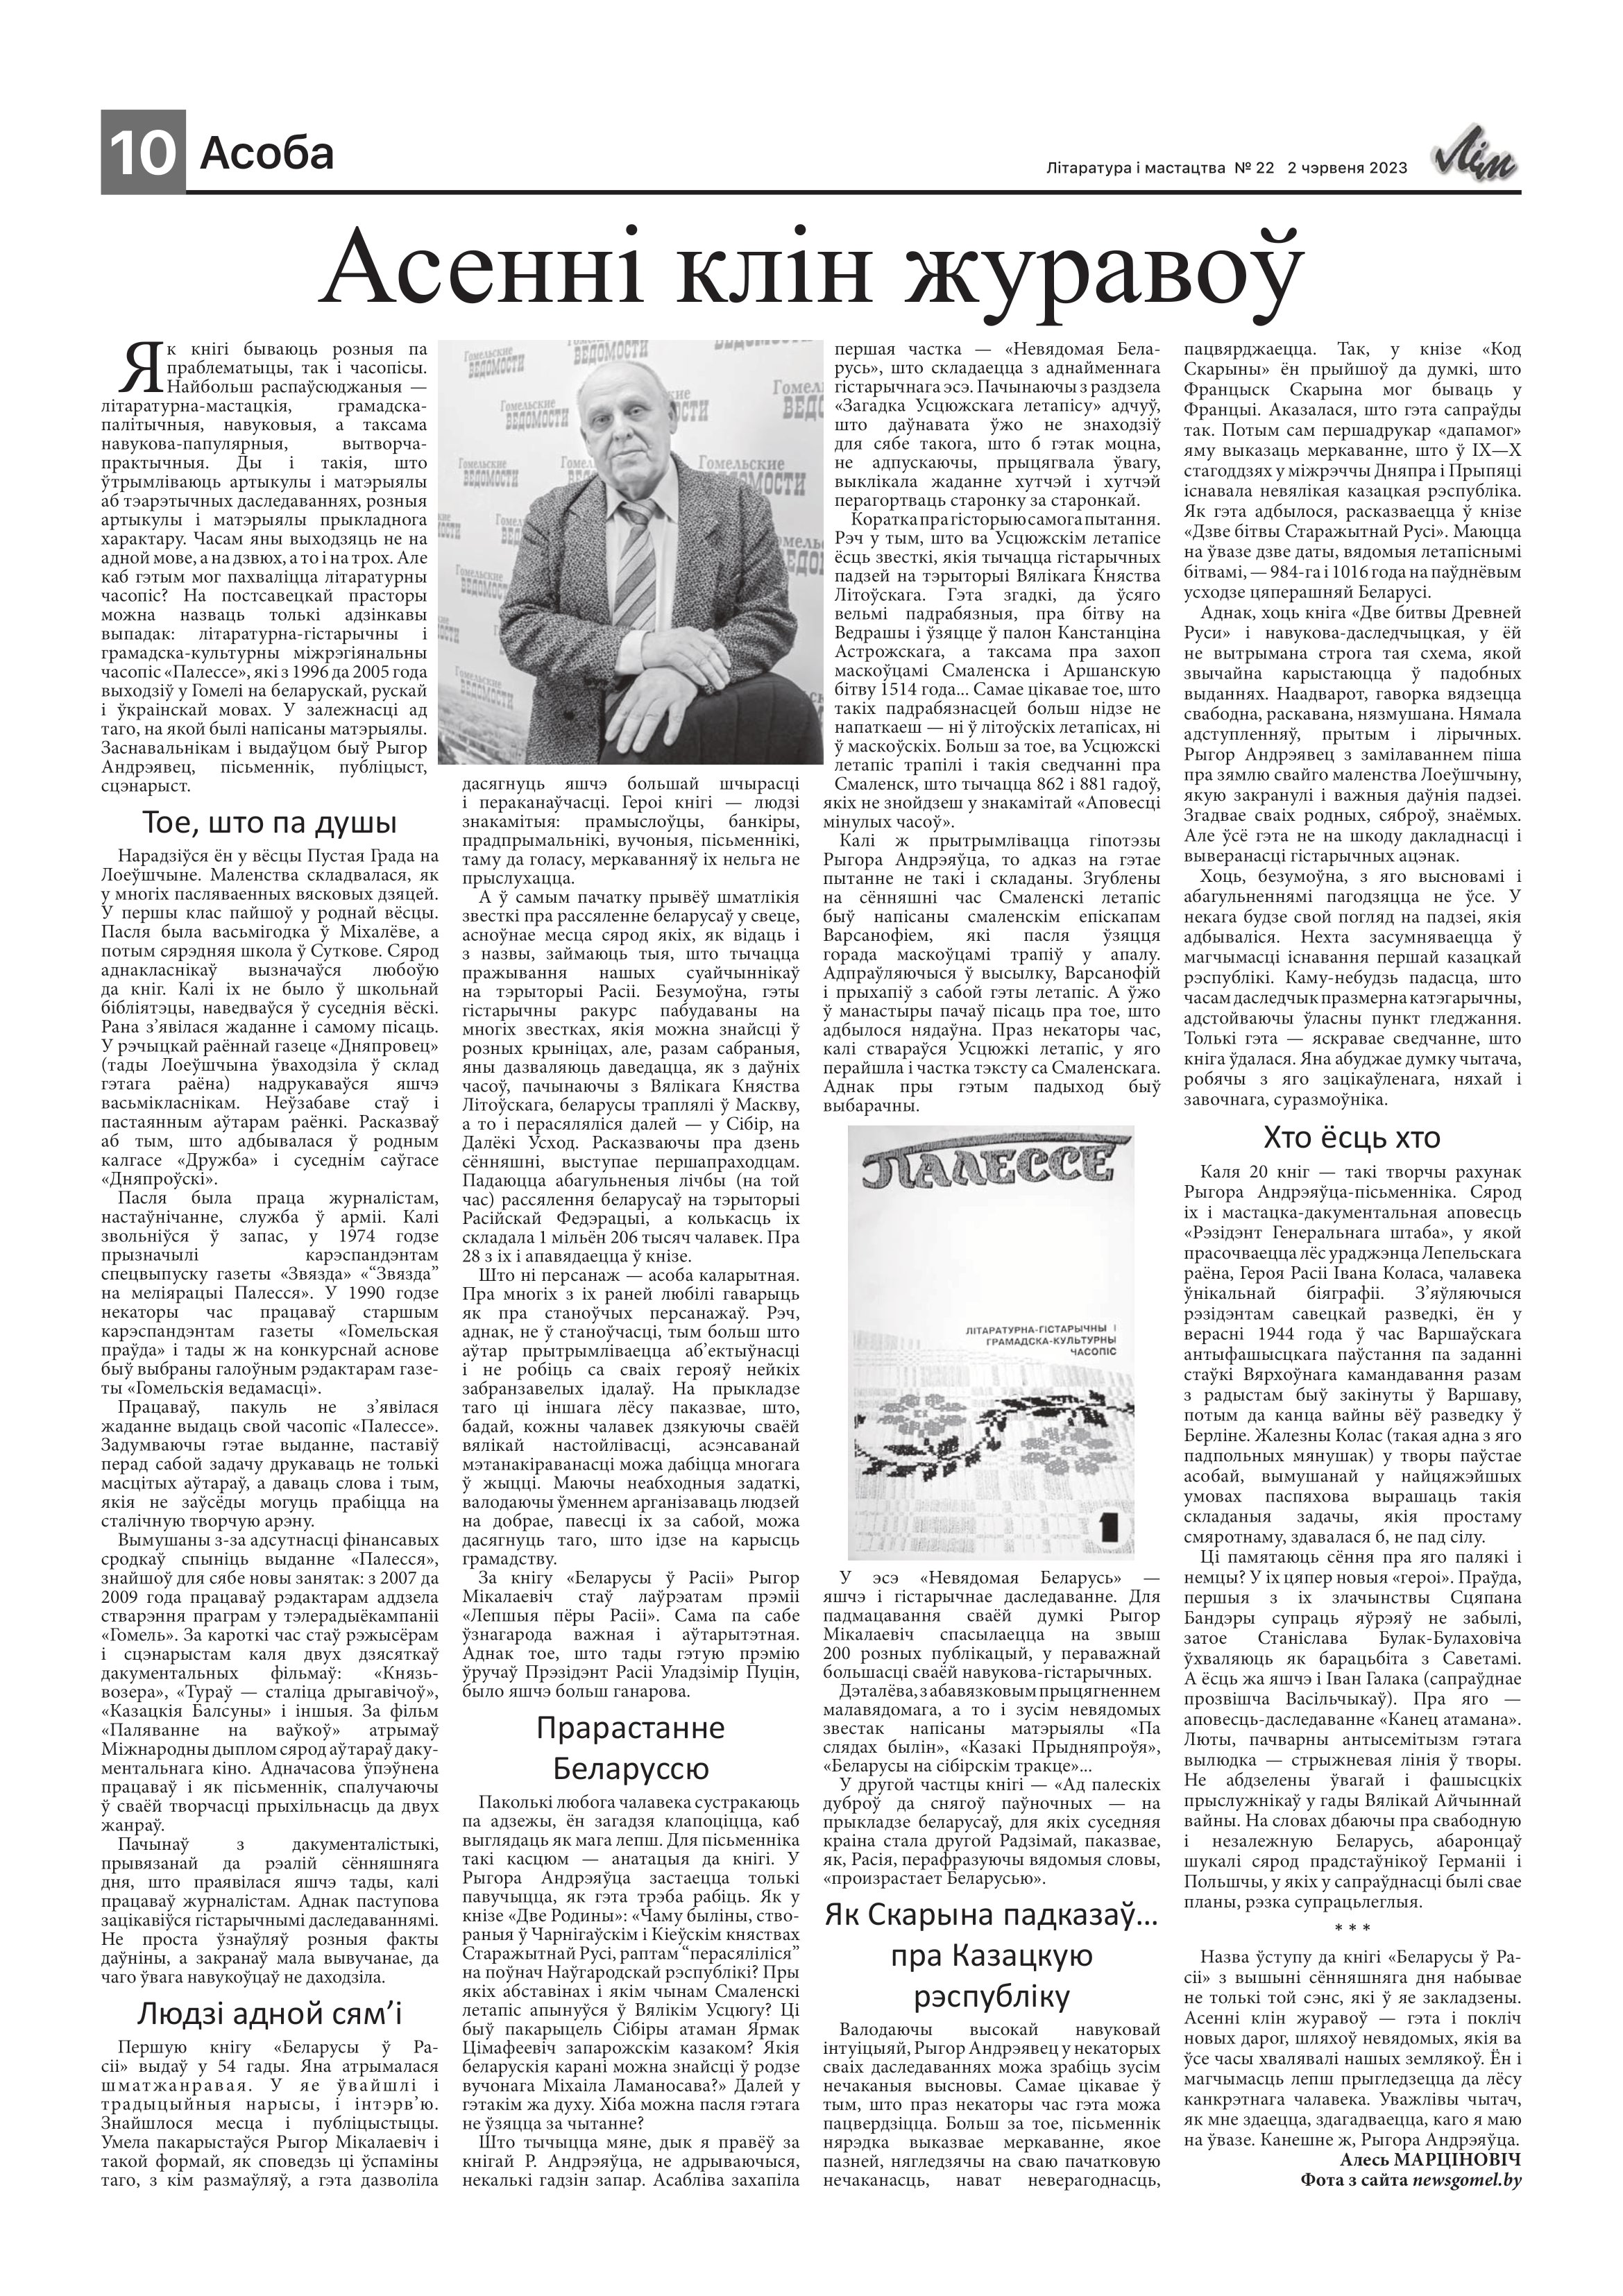
Language: be